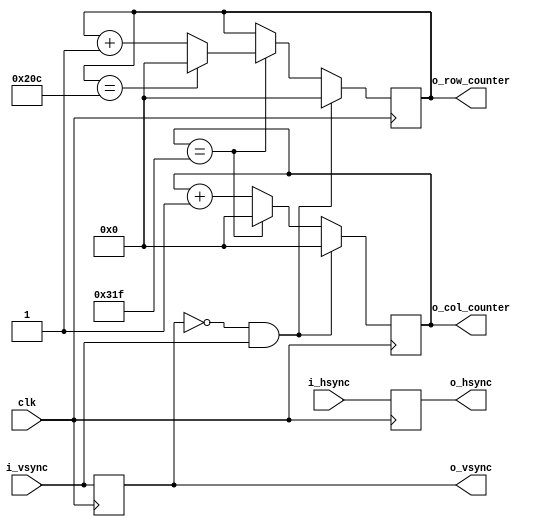
// outputs row and col counters based on sync inputs

module sync_counter #(
  parameter TOTAL_COLS = 800,
  parameter TOTAL_ROWS = 525)
  (
  input            clk,
  input            i_hsync,
  input            i_vsync,
  output reg       o_hsync = 0,
  output reg       o_vsync = 0,
  // 2^9 = 512, 2^10 = 1024
  output reg [9:0] o_col_counter = 0,
  output reg [9:0] o_row_counter = 0
  );

  always @(posedge clk ) begin
    o_vsync <= i_vsync;
    o_hsync <= i_hsync;
  end

  // detect rising edge of vsync (proper way)
  wire vsync_rising_edge;
  assign vsync_rising_edge = (!o_vsync & i_vsync); // when output is 0 and inpuut is 1

  always @(posedge clk ) begin
    if (vsync_rising_edge) begin // reset when posedge of vsync detected
      o_col_counter <= 0;
      o_row_counter <= 0;
    end else begin
      if (o_col_counter == TOTAL_COLS-1) begin
        o_col_counter <= 0;
        if (o_row_counter == TOTAL_ROWS-1) begin
          o_row_counter <= 0;
        end else begin
          o_row_counter <= o_row_counter + 1;
        end
      end else begin
        o_col_counter <= o_col_counter + 1;
      end
    end
  end
  
endmodule